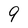
Character: 9